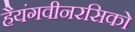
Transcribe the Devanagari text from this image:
हैयंगवीनरसिको